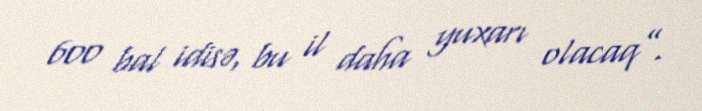
600 bal idisə, bu il daha yuxarı olacaq”.